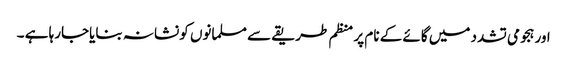
اور ہجومی تشدد میں گائے کے نام پر منظم طریقے سے مسلمانوں کو نشانہ بنایاجارہا ہے ۔